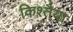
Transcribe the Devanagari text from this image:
किश्तैया